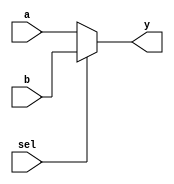
module mux2x1to1x1(input a, b, sel, output y);

assign y = (sel) ? b : a;

endmodule

//zadania:
//1 implementacja
//2 napisac MUX 2->1 dwubitowy + implementacja (wykorxzystujac instrukcje warunkowa)
//      +------+
//      |\     |
//___|\ | \    |
//     \|  \   |
//___  /|   \  |
//   |/ |    \ |
//      |     \|___|\ 
//            /|     \
//___|\ |    / |___  /
//     \|   /  |   |/
//___  /|  /   |
//   |/ | /    |
//      |/     |
//      +---+--+
//          |
//          |
			 
//3 napisac MUX 4->1 + implementacja (wykorxzystujac instrukcje warunkowa)

//      +------+
//      |\     |
//______| \    |
//      |  \   |
//______|   \  |
//      |    \ |
//      |     \|____ 
//______|     /|
//      |    / |
//      |   /  |
//______|  /   |
//      | /    |
//      |/     |
//      +-+-+--+
//        | |
//        | |